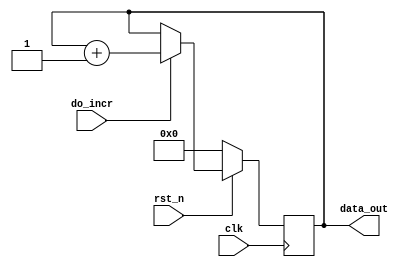

module counter (
	input wire do_incr,
	output wire [7:0] data_out,
	input wire clk,
	input wire rst_n
);

reg [7:0] counter;

assign data_out = counter;

always @(posedge clk) begin
	  if (!rst_n) begin
		  counter <= 0;
	  end else if (do_incr) begin
		  counter <= counter + 1;
	  end
end

endmodule